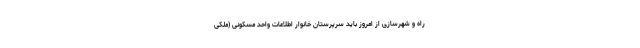
راه و شهرسازی از امروز باید سرپرستان خانوار اطلاعات واحد مسکونی (ملکی